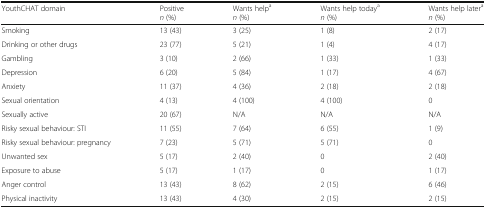
<table><thead><tr><td><b>YouthCHAT domain</b></td><td><b>Positive<i>n</i> (%)</b></td><td><b>Wants help<sup>a</sup><i>n</i> (%)</b></td><td><b>Wants help today<sup>a</sup><i>n</i> (%)</b></td><td><b>Wants help later<sup>a</sup><i>n</i> (%)</b></td></tr></thead><tbody><tr><td>Smoking</td><td>13 (43)</td><td>3 (25)</td><td>1 (8)</td><td>2 (17)</td></tr><tr><td>Drinking or other drugs</td><td>23 (77)</td><td>5 (21)</td><td>1 (4)</td><td>4 (17)</td></tr><tr><td>Gambling</td><td>3 (10)</td><td>2 (66)</td><td>1 (33)</td><td>1 (33)</td></tr><tr><td>Depression</td><td>6 (20)</td><td>5 (84)</td><td>1 (17)</td><td>4 (67)</td></tr><tr><td>Anxiety</td><td>11 (37)</td><td>4 (36)</td><td>2 (18)</td><td>2 (18)</td></tr><tr><td>Sexual orientation</td><td>4 (13)</td><td>4 (100)</td><td>4 (100)</td><td>0</td></tr><tr><td>Sexually active</td><td>20 (67)</td><td>N/A</td><td>N/A</td><td>N/A</td></tr><tr><td>Risky sexual behaviour: STI</td><td>11 (55)</td><td>7 (64)</td><td>6 (55)</td><td>1 (9)</td></tr><tr><td>Risky sexual behaviour: pregnancy</td><td>7 (23)</td><td>5 (71)</td><td>5 (71)</td><td>0</td></tr><tr><td>Unwanted sex</td><td>5 (17)</td><td>2 (40)</td><td>0</td><td>2 (40)</td></tr><tr><td>Exposure to abuse</td><td>5 (17)</td><td>1 (17)</td><td>0</td><td>1 (17)</td></tr><tr><td>Anger control</td><td>13 (43)</td><td>8 (62)</td><td>2 (15)</td><td>6 (46)</td></tr><tr><td>Physical inactivity</td><td>13 (43)</td><td>4 (30)</td><td>2 (15)</td><td>2 (15)</td></tr></tbody></table>